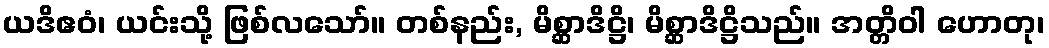
ယဒိဧဝံ၊ ယင်းသို့ ဖြစ်လသော်။ တစ်နည်း, မိစ္ဆာဒိဋ္ဌိ၊ မိစ္ဆာဒိဋ္ဌိသည်။ အတ္တိဝါ ဟောတု၊